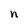
Character: n